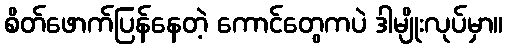
စိတ်ဖောက်ပြန်နေတဲ့ ကောင်တွေကပဲ ဒါမျိုးလုပ်မှာ။